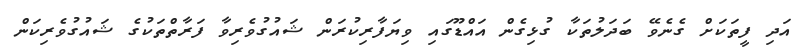
އަދި ފީތަކަށް ގެނެވޭ ބަދަލުތަކާ ގުޅިގެން އައްޑޫގައި ވިޔަފާރިކުރަން ޝައުގުވެރިވާ ފަރާތްތަކުގެ ޝައުގުވެރިކަން